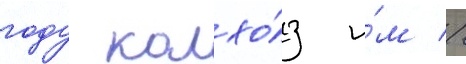
году колхо́з и́м //